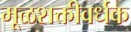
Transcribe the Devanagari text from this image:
मूळशक्तीवर्धक